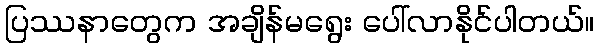
ပြဿနာတွေက အချိန်မရွေး ပေါ်လာနိုင်ပါတယ်။